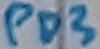
Text: PD3